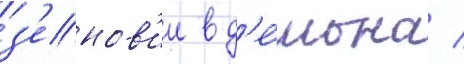
з'енов'ии в д'е́мона /